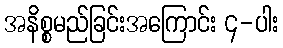
အနိစ္စမည်ခြင်းအကြောင်း ၄-ပါး